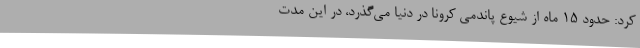
کرد: حدود ۱۵ ماه از شیوع پاندمی کرونا در دنیا می‌گذرد، در این مدت